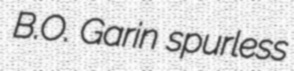
B.O. Garin spurless